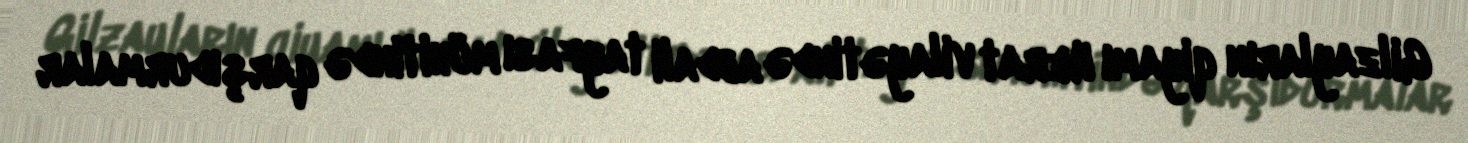
Gilzayların qiyamı Herat vilayətində abdali tayfası mühitində qarşıdurmalar